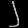
Digit: ၂